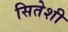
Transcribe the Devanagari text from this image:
सितेशी